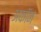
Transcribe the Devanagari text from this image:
अकॉन